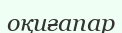
оқиғапар